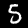
Digit: 5